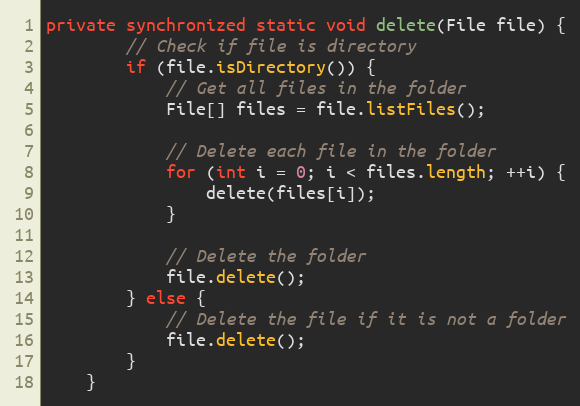
Language: Java
private synchronized static void delete(File file) {
        // Check if file is directory
        if (file.isDirectory()) {
            // Get all files in the folder
            File[] files = file.listFiles();

            // Delete each file in the folder
            for (int i = 0; i < files.length; ++i) {
                delete(files[i]);
            }

            // Delete the folder
            file.delete();
        } else {
            // Delete the file if it is not a folder
            file.delete();
        }
    }